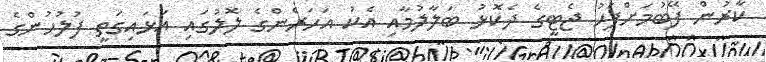
ކާރުން ފޭބުމަށްފަހު ޖެޓީގެ ދެކޮޅު ބަލާލުމާއި އެކު އަހަރެންގެ ލޮލުގައި އަޅައިގަތީ ފުލުހުންގެ